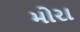
મોરા